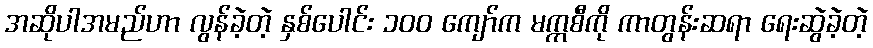
အဆိုပါအမည်ဟာ လွန်ခဲ့တဲ့ နှစ်ပေါင်း ၁၀၀ ကျော်က မက္ကစီကို ကာတွန်းဆရာ ရေးဆွဲခဲ့တဲ့